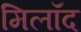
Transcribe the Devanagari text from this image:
मिलॉद